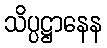
သိပ္ပဋ္ဌာနေန